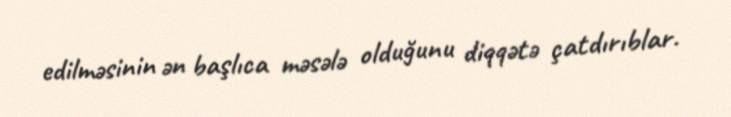
edilməsinin ən başlıca məsələ olduğunu diqqətə çatdırıblar.